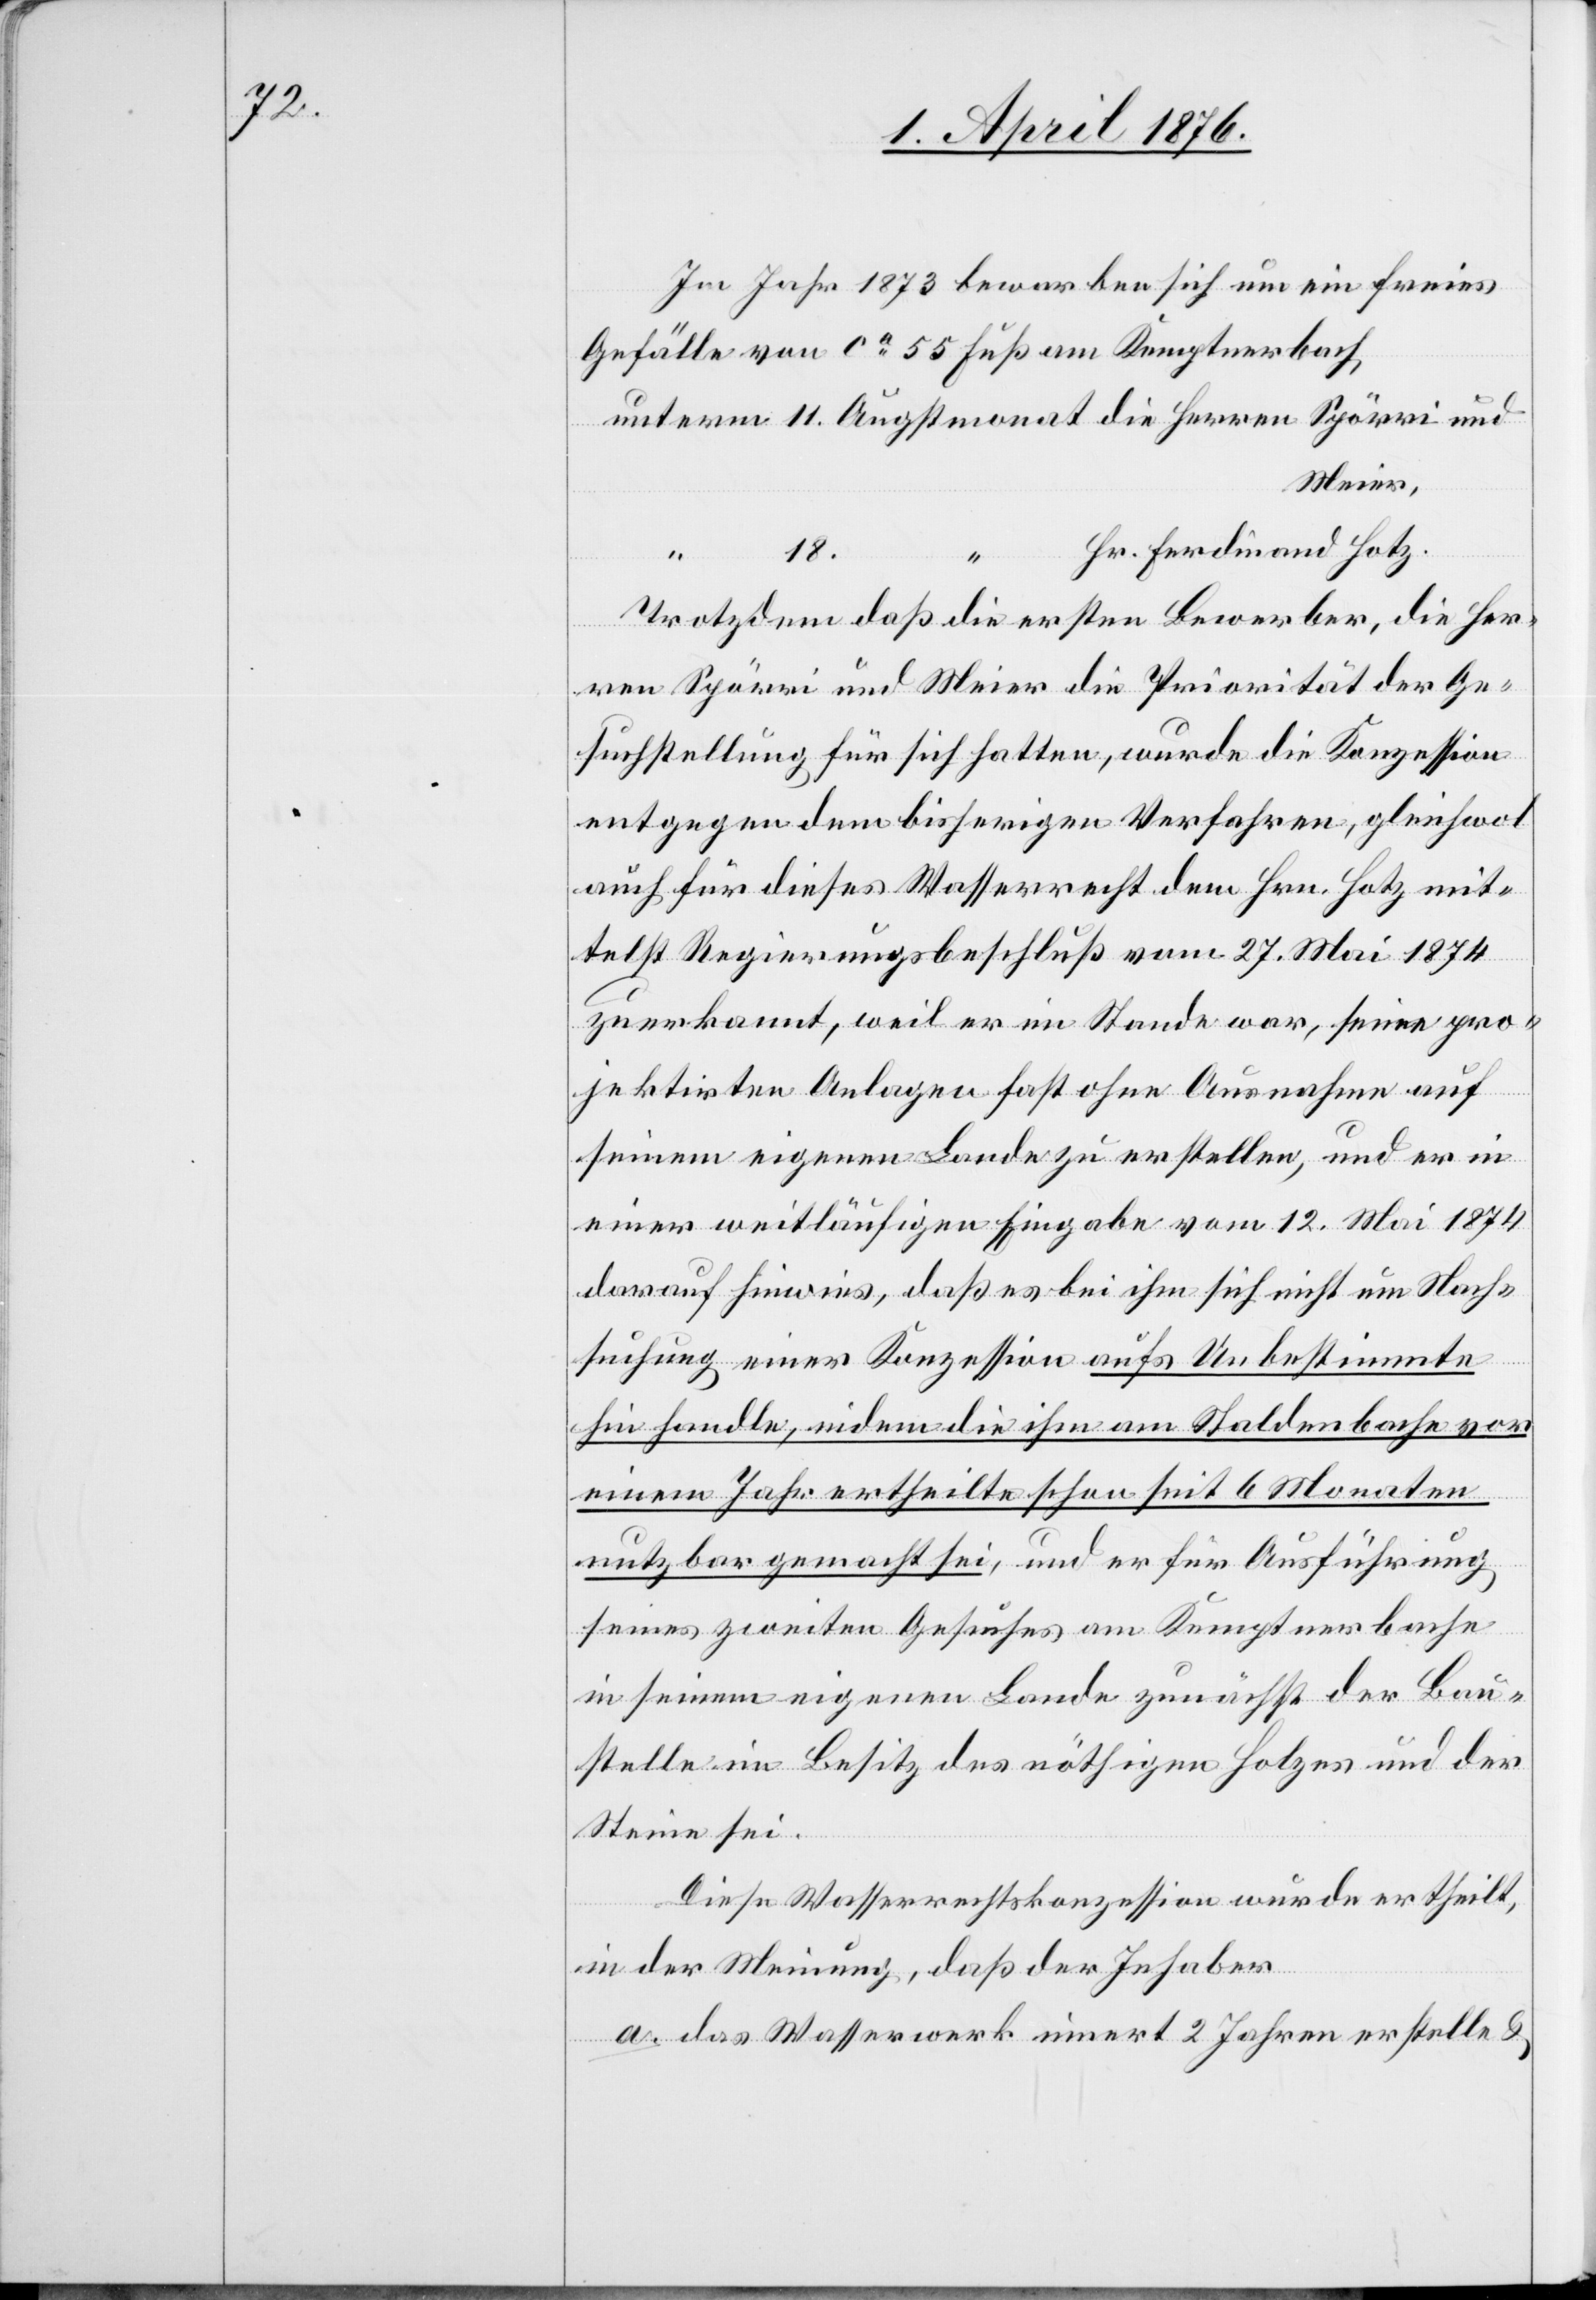
Im Jahr 1873 bewarben sich um ein freies
Gefälle von ca 55 Fuß am Kemptnerbach,
Meier,
Hr. Ferdinand Hotz.
18.
11.
Trotzdem daß die ersten Bewerber, die Her¬
ren Spörri und Meier die Priorität der Ge¬
suchstellung für sich hatten, wurde die Konzession
entgegen dem bisherigen Verfahren, gleichwol
auch für dieses Wasserrecht dem Hrn. Hotz mit¬
telst Regierungsbeschluß vom 27. Mai 1874
zuerkannt, weil er im Stande war, seine pro¬
jektirten Anlagen fast ohne Ausnahme auf
seinem eigenen Lande zu erstellen, und er in
einer weitläufigen Eingabe vom 12. Mai 1874
darauf hinwies, daß es bei ihm sich nicht um Nach¬
suchung einer Konzession aufs Unbestimmte
hin handle, indem die ihm am Staldenbache vor
einem Jahr ertheilte schon seit 6 Monaten
nutzbar gemacht sei, und er für Ausführung
seines zweiten Gesuches am Kemptnerbache
in seinem eigenen Lande zunächst der Bau¬
stelle im Besitz des nöthigen Holzes und der
Steine sei.
und
Diese Wasserrechtskonzession wurde ertheilt
in der Meinung, daß der Inhaber
a. das Wasserwerk innert 2 Jahren erstelle &